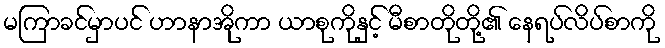
မကြာခင်မှာပင် ဟာနာအိုကာ ယာစုကိုနှင့် မီစာတိုတို့၏ နေရပ်လိပ်စာကို